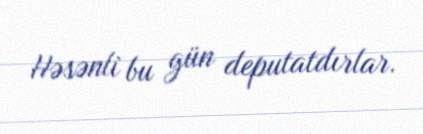
Həsənli bu gün deputatdırlar.